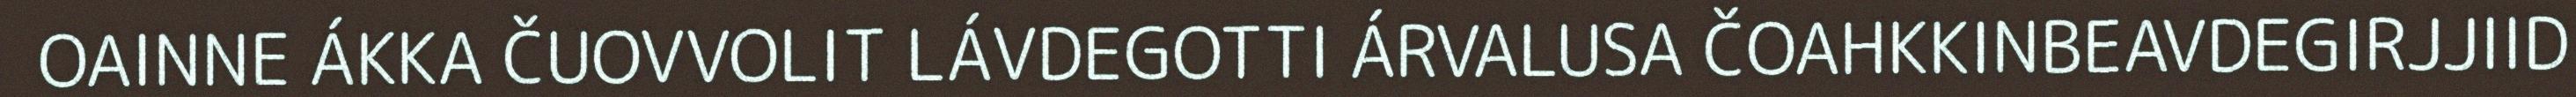
OAINNE ÁKKA ČUOVVOLIT LÁVDEGOTTI ÁRVALUSA ČOAHKKINBEAVDEGIRJJIID